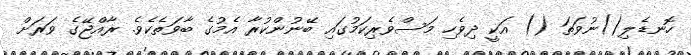
ހޮނޑެލި()ނުވަތަ () އަކީ ދިވެހި މަސްވެރިކަމުގައި ބޭނުންކުރާ އެމުގެ ބާވަތެކެވެ. ރާއްޖޭގެ ވަރަށް